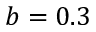
b = 0 . 3